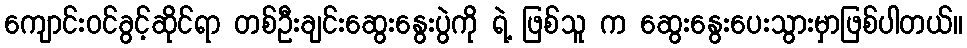
ကျောင်းဝင်ခွင့်ဆိုင်ရာ တစ်ဦးချင်းဆွေးနွေးပွဲကို ရဲ့ ဖြစ်သူ က ဆွေးနွေးပေးသွားမှာဖြစ်ပါတယ်။